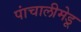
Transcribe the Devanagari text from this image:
पांचालीमेडू